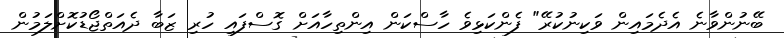
ބޭނުންވާނެ އެދެމައިން ވަކިނުކުރޭ" ފެންކަޅިވެ ހާސްކަން އިންތިހާއަށް ގޮސްފައި ހުރި ޒަބާ ދެއަތްޖޯޑުކޮށްލަމުން